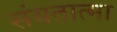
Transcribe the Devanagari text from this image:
संयतात्मा